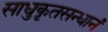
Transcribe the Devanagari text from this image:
साधुकृतसन्धानं